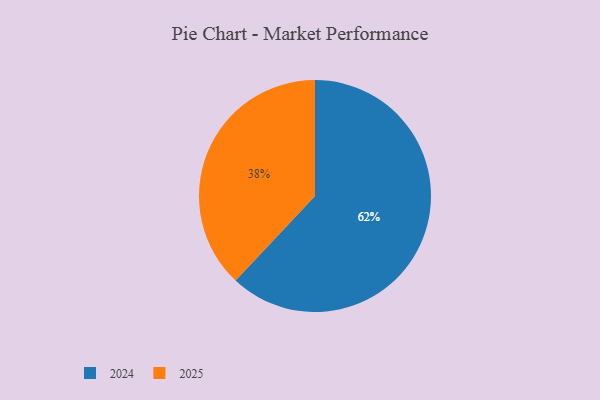
{"axis": {"x": "Category", "y": "Percentage"}, "legend": ["2024", "2025"], "data": [{"x": "2024", "y": 62, "type": "2024"}, {"x": "2025", "y": 38, "type": "2025"}]}